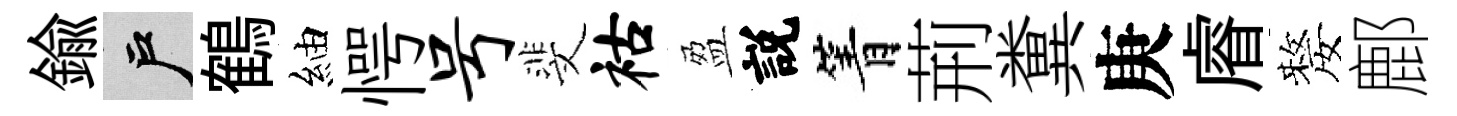
鍮户鶴紬愕号斐祜盈説箐荊糞庚𥈠嫠鄜